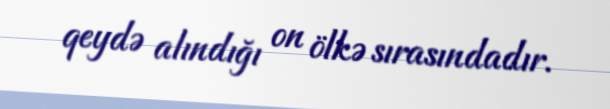
qeydə alındığı on ölkə sırasındadır.